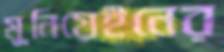
মুনিয়েইনের